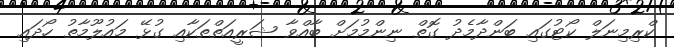
ކްރިމިނަލް ކޯޓުގައި ބަންދާމެދު ގޮތް ނިންމުމަށް ބާއްވާ ޝަރީއަތްތަކާއި ގުޅޭ މައުލޫމާތު ހޯދައި